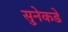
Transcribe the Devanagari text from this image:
सुनेकडे